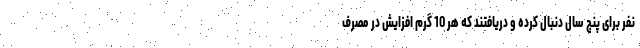
نفر برای پنج سال دنبال کرده و دریافتند که هر 10 گرم افزایش در مصرف